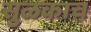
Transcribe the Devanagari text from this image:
सुळकाच